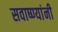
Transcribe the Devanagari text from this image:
सवाष्ण्यांनी